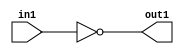

////////////////////////////////////////////// INV
module INV(in1, out1);
      output reg out1;
       input in1;
always@(*)
begin 
out1 = ~in1;
end

endmodule

////////////////////////////////////////////// AND2
module AND2(A,B,Y);
      output reg Y;
       input A,B;
     
always@(*)
begin 
Y=A&B;
end

endmodule

////////////////////////////////////////////// AND3
module AND3(A,B,C,Y);
      output reg Y;
       input A,B,C;
     
always@(*)
begin 
Y=A&B&C;
end

endmodule

////////////////////////////////////////////// AND4
module AND4(A,B,C,D,Y);
      output reg Y;
       input A,B,C,D;
     
always@(*)
begin 
Y=A&B&C&D;
end

endmodule


////////////////////////////////////////////// OR2
module OR2(A,B,Y);
      output reg Y;
       input A,B;

always@(*)
begin 
Y=A|B;
end

endmodule

////////////////////////////////////////////// OR3
module OR3(A,B,C,Y);
      output reg Y;
       input A,B,C;

always@(*)
begin 
Y=A|B|C;
end

endmodule

////////////////////////////////////////////// OR4
module OR4(A,B,C,D,Y);
      output reg Y;
       input A,B,C,D;

always@(*)
begin 
Y=A|B|C|D;
end

endmodule

////////////////////////////////////////////// NAND2
module NAND2(A,B,Y);
      output reg Y;
       input A,B;
     
always@(*)
begin 
Y=~(A&B);
end

endmodule

////////////////////////////////////////////// NAND3
module NAND3(A,B,C,Y);
      output reg Y;
       input A,B,C;
     
always@(*)
begin 
Y=~(A&B&C);
end

endmodule

////////////////////////////////////////////// NAND4
module NAND4(A,B,C,D,Y);
      output reg Y;
       input A,B,C,D;
     
always@(*)
begin 
Y=~(A&B&C&D);
end

endmodule

////////////////////////////////////////////// NOR2

module NOR2(A,B,Y);
      output reg Y;
       input A,B;
     
always@(*)
begin 
Y=~(A|B);
end

endmodule

////////////////////////////////////////////// NOR3

module NOR3(A,B,C,Y);
      output reg Y;
       input A,B,C;
     
always@(*)
begin 
Y=~(A|B|C);
end

endmodule

////////////////////////////////////////////// NOR4

module NOR4(A,B,C,D,Y);
      output reg Y;
       input A,B,C,D;
     
always@(*)
begin 
Y=~(A|B|C|D);
end

endmodule

////////////////////////////////////////////// XOR2
module XOR2(A,B,Y);
      output reg Y;
       input A,B;
     
always@(*)
begin 
Y=(~A&B) | (A&~B);
end

endmodule

//////////////////////////////////////////////XNOR2
module XNOR2(A,B,Y);
      output reg Y;
       input A,B;
     
always@(*)
begin 
Y=(A&B) | (~A&~B);
end

endmodule

//////////////////////////////////////////////DFF, positive edge D flip flop, asynchronous positive reset, when reset, reset to H or L according to HL

module DFF(Q,D,CLK,RESET,HL);

output reg Q;
input D,CLK,RESET,HL;

always@(posedge CLK or posedge RESET) 
begin
    if(RESET) Q<=HL;
    else Q<=D;
end

endmodule

//////////////////////////////////////////////MUX21
module MUX21(SEL,A,B,Y); //if SEL==1 Y=A, else Y=B
output reg Y;
input SEL,A,B;

always@(*) 
begin
    Y = (SEL)?A:B;
end
   
endmodule

//////////////////////////////////////////////MUX41
module MUX41(SEL,A,B,C,D,Y); //if SEL==00 Y=A, SEL==01 Y=B, SEL==10 Y=C, SEL==11 Y=D
output reg Y;
input [1:0] SEL;
input A,B,C,D;

always@(*) 
begin
    case(SEL)
    2'b00: Y=A;
    2'b01: Y=B;
    2'b10: Y=C;
    2'b11: Y=D;
    endcase
end
   
endmodule